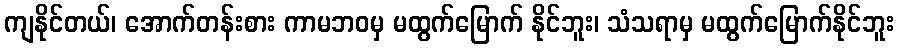
ကျနိုင်တယ်၊ အောက်တန်းစား ကာမဘဝမှ မထွက်မြောက် နိုင်ဘူး၊ သံသရာမှ မထွက်မြောက်နိုင်ဘူး